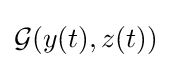
{\mathcal {G}}(y(t),z(t))